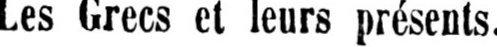
Les Grecs et leurs présents.